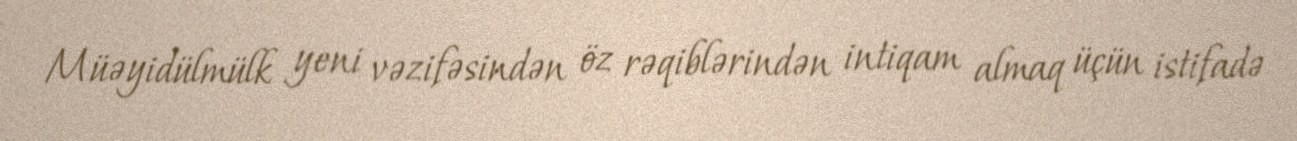
Müəyidülmülk yeni vəzifəsindən öz rəqiblərindən intiqam almaq üçün istifadə